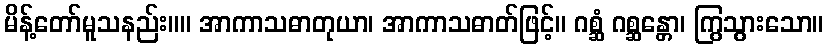
မိန့်တော်မူသနည်း။။ အာကာသဓာတုယာ၊ အာကာသဓာတ်ဖြင့်။ ဂစ္ဆံ ဂစ္ဆန္တော၊ ကြွသွားသော။